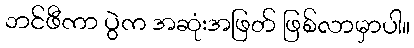
ဘင်ဖီကာ ပွဲက အဆုံးအဖြတ် ဖြစ်လာမှာပါ။